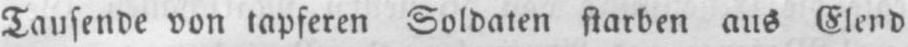
Taufende von tapferen Soldaten starben aus Elend